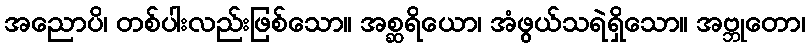
အညောပိ၊ တစ်ပါးလည်းဖြစ်သော။ အစ္ဆရိယော၊ အံဖွယ်သရဲရှိသော။ အဗ္ဘုတော၊